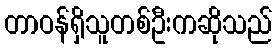
တာဝန်ရှိသူတစ်ဦးကဆိုသည်